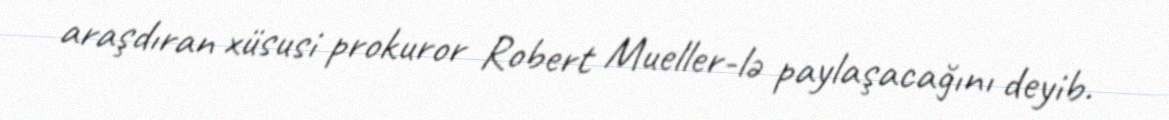
araşdıran xüsusi prokuror Robert Mueller-lə paylaşacağını deyib.